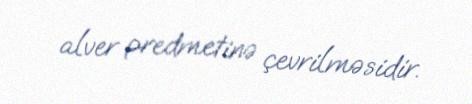
alver predmetinə çevrilməsidir.